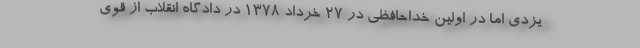
یزدی اما در اولین خداحافظی در 27 خرداد 1378 در دادگاه انقلاب از قوی